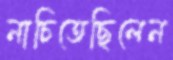
নাচিতেছিলেন